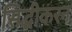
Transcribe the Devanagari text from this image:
सिद्धीकरन